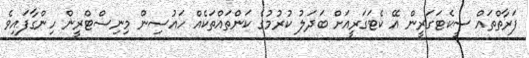
ފަރާތްތައް ސީކެޓަގަރީން އޭ ކެޓަގަރީއަށް ބަދަލު ކުރުމުގެ ކަންތައްތަކެއް ހައުސިން މިނިސްޓްރީން ހިންގާފައިވެ